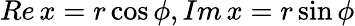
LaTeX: Re\, x=r\cos\phi,Im\, x=r\sin\phi